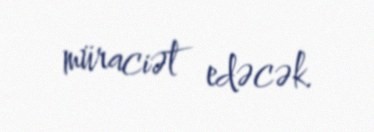
müraciət edəcək.